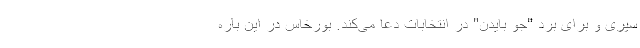
سپری و برای برد "جو بایدن" در انتخابات دعا می‌کند. بورخاس در این باره